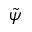
\tilde { \psi }